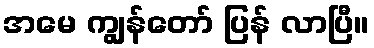
အမေ ကျွန်တော် ပြန် လာပြီ။